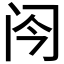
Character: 𬮞